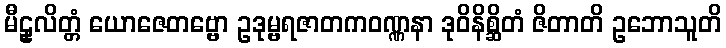
မီဠှလိတ္တံ ယောဇေတဗ္ဗော ဥဒုမ္ဗရဇာတကဝဏ္ဏနာ ဒုဝိနိစ္ဆိတံ ဇိတာတိ ဥဘောသူတိ